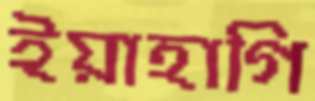
ইয়াহাগি